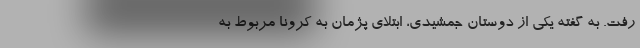
رفت. به گفته یکی از دوستان جمشیدی، ابتلای پژمان به کرونا مربوط به